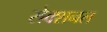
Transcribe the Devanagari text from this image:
सेक्शनल